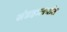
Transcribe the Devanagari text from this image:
संग्रहालयांत